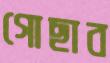
গোছাব